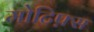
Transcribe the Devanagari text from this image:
मोटिफ़्स